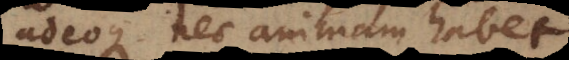
adeoque nec animam habet.